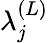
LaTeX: \lambda_{j}^{(L)}